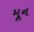
મૂન